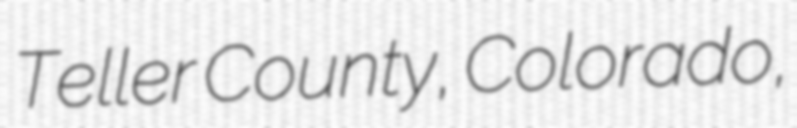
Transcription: Teller County, Colorado,